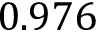
0 . 9 7 6